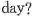
day?